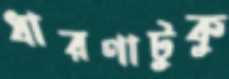
ধারণাটুকু